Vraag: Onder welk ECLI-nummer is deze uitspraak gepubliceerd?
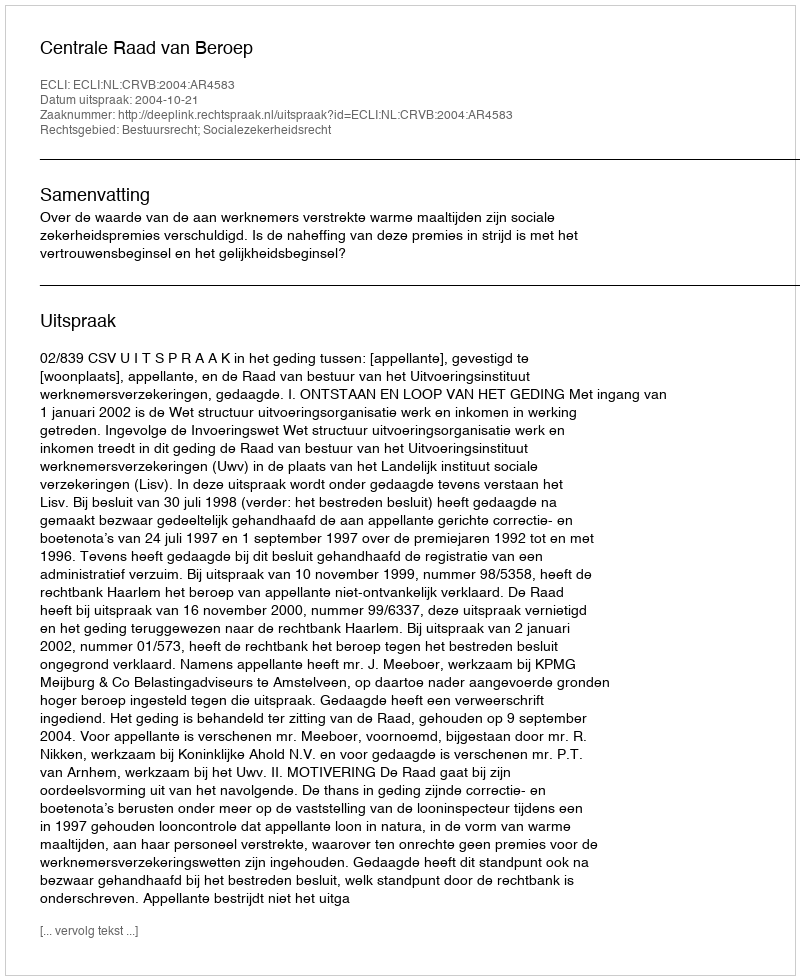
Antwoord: ECLI:NL:CRVB:2004:AR4583